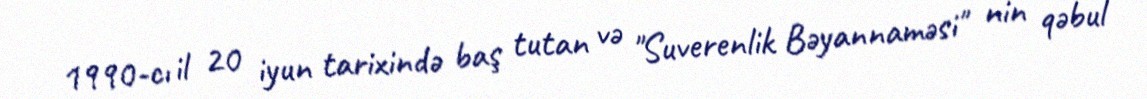
1990-cı il 20 iyun tarixində baş tutan və "Suverenlik Bəyannaməsi" nin qəbul